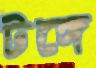
টঙ্গে